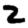
Digit: 2